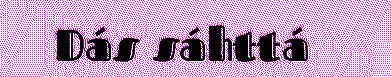
Dás sáhttá